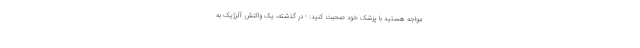
مواجه هستید با پزشک خود صحبت کنید: - در گذشته، یک واکنش آلرژیک به